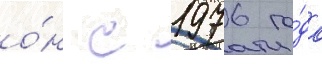
о́н с 1976 го́да